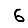
Digit: 6